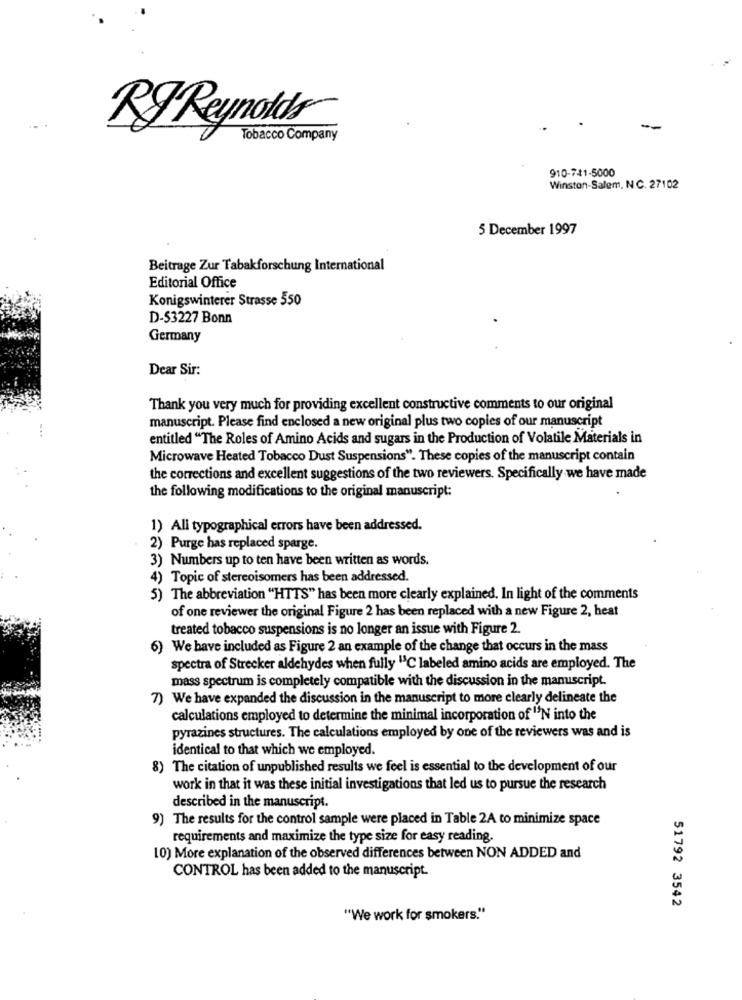
RIReynolds
Tobacco Company
910-741-5000
Winston-Salem, N.C. 27102
5 December 1997
Beitrage Zur Tabakforschung International
Editorial Office
Konigswinterer Strasse 550
D-53227 Bonn
Germany
Dear Sir:
Thank you very much for providing excellent constructive comments to our original
manuscript. Please find enclosed a new original plus two copies of our manuscript
entitled "The Roles of Amino Acids and sugars in the Production of Volatile Materials in
Microwave Heated Tobacco Dust Suspensions". These copies of the manuscript contain
the corrections and excellent suggestions of the two reviewers. Specifically we have made
the following modifications to the original manuscript:
1) All typographical errors have been addressed.
2) Purge has replaced sparge.
3) Numbers up to ten have been written as words.
4) Topic of stereoisomers has been addressed.
5) The abbreviation "HTTS" has been more clearly explained. In light of the comments
of one reviewer the original Figure 2 has been replaced with a new Figure 2, heat
treated tobacco suspensions is no longer an issue with Figure 2.
6) We have included as Figure 2 an example of the change that occurs in the mass
spectra of Strecker aldehydes when fully "C labeled amino acids are employed. The
mass spectrum is completely compatible with the discussion in the manuscript.
7) We have expanded the discussion in the manuscript to more clearly delineate the
calculations employed to determine the minimal incorporation of "'N into the
pyrazines structures. The calculations employed by one of the reviewers was and is
identical to that which we employed.
8) The citation of unpublished results we feel is essential to the development of our
work in that it was these initial investigations that led us to pursue the research
described in the manuscript.
9) The results for the control sample were placed in Table 2A to minimize space
requirements and maximize the type size for easy reading.
10) More explanation of the observed differences between NON ADDED and
CONTROL has been added to the manuscript.
51792 3542
"We work for smokers."